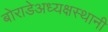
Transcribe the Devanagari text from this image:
बोराडेअध्यक्षस्थानी